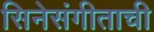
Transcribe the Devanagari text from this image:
सिनेसंगीताची